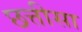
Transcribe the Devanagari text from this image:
छत्तीसा